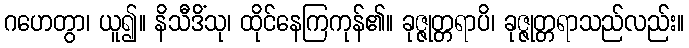
ဂဟေတွာ၊ ယူ၍။ နိသီဒိံသု၊ ထိုင်နေကြကုန်၏။ ခုဇ္ဇုတ္တရာပိ၊ ခုဇ္ဇုတ္တရာသည်လည်း။